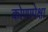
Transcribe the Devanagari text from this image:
कोणापेक्षा